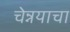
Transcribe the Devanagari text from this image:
चेन्नयाचा